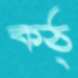
কঠ্